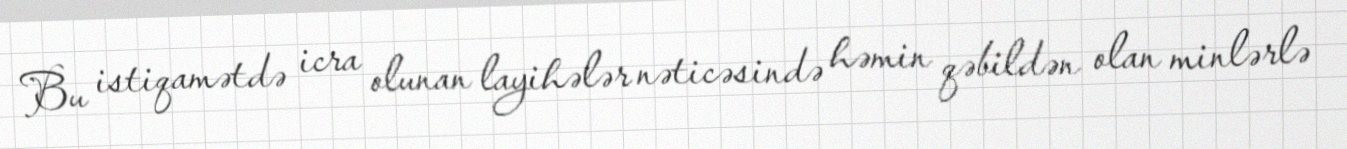
Bu istiqamətdə icra olunan layihələr nəticəsində həmin qəbildən olan minlərlə